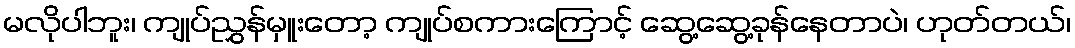
မလိုပါဘူး၊ ကျုပ်ညွှန်မှူးတော့ ကျုပ်စကားကြောင့် ဆွေ့ဆွေ့ခုန်နေတာပဲ၊ ဟုတ်တယ်၊